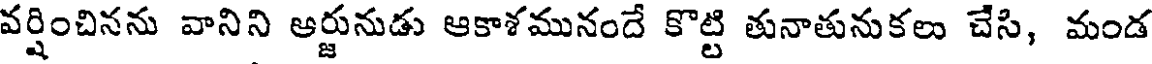
వర్షించినను వానిని అర్జునుడు ఆకాశమునందే కొట్టి తునాతునుకలు చేసి, మండ